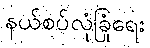
နယ်စပ်လုံခြုံရေး